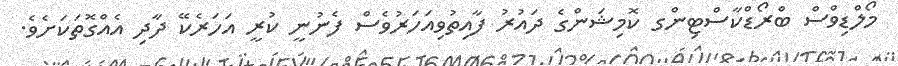
މޯލްޑިވްސް ބްރޯޑްކާސްޓިންގ ކޮމިޝަންގެ ދައުރު ފާއިތުވިއަހަރުވެސް ފެނުނީ ކުރީ އަހަރެކޭ ދާދި އެއްގޮތަކަށެވެ.